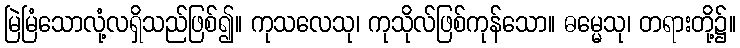
မြဲမြံသောလုံ့လရှိသည်ဖြစ်၍။ ကုသလေသု၊ ကုသိုလ်ဖြစ်ကုန်သော။ ဓမ္မေသု၊ တရားတို့၌။